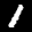
Label: 1